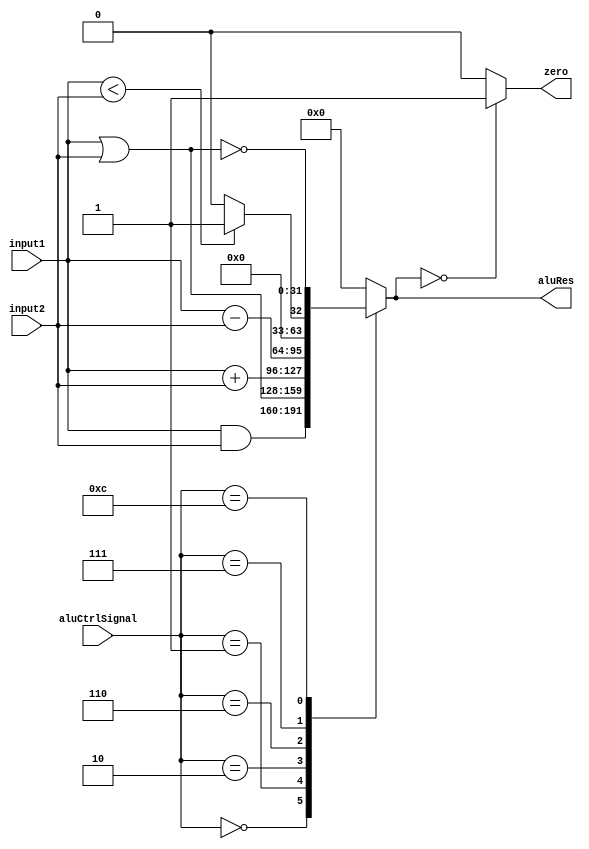
module alu(
  input [31:0] input1, input2,
  input [3:0] aluCtrlSignal,
  output reg [31:0] aluRes,
  output zero
  );

  assign zero = (aluRes == 0) ? 1 : 0;
  always @(input1 or input2 or aluCtrlSignal)
  begin
    case (aluCtrlSignal)
      4'b0000 : aluRes = input1 & input2;
      4'b0001 : aluRes = input1 | input2;
      4'b0010 : aluRes = input1 + input2;
      4'b0110 : aluRes = input1 - input2;
      4'b0111:
      begin
        if (input1 < input2)
          aluRes = 1;
        else
          aluRes = 0;
      end
      4'b1100 : aluRes = ~(input1 | input2);
      default : aluRes = 0;
    endcase
  end
  
endmodule